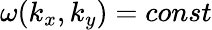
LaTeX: \omega(k_{x},k_{y})=const